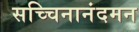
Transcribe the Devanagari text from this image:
सच्चिनानंदमन